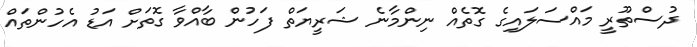
ދުސްތޫރީ މައްސަލައިގެ ގޮތެއް ނިންމާނެ ޝަރީޔަތް ފަހުން ބާއްވާ ގޮތަށް އަޑު އެހުންތައް